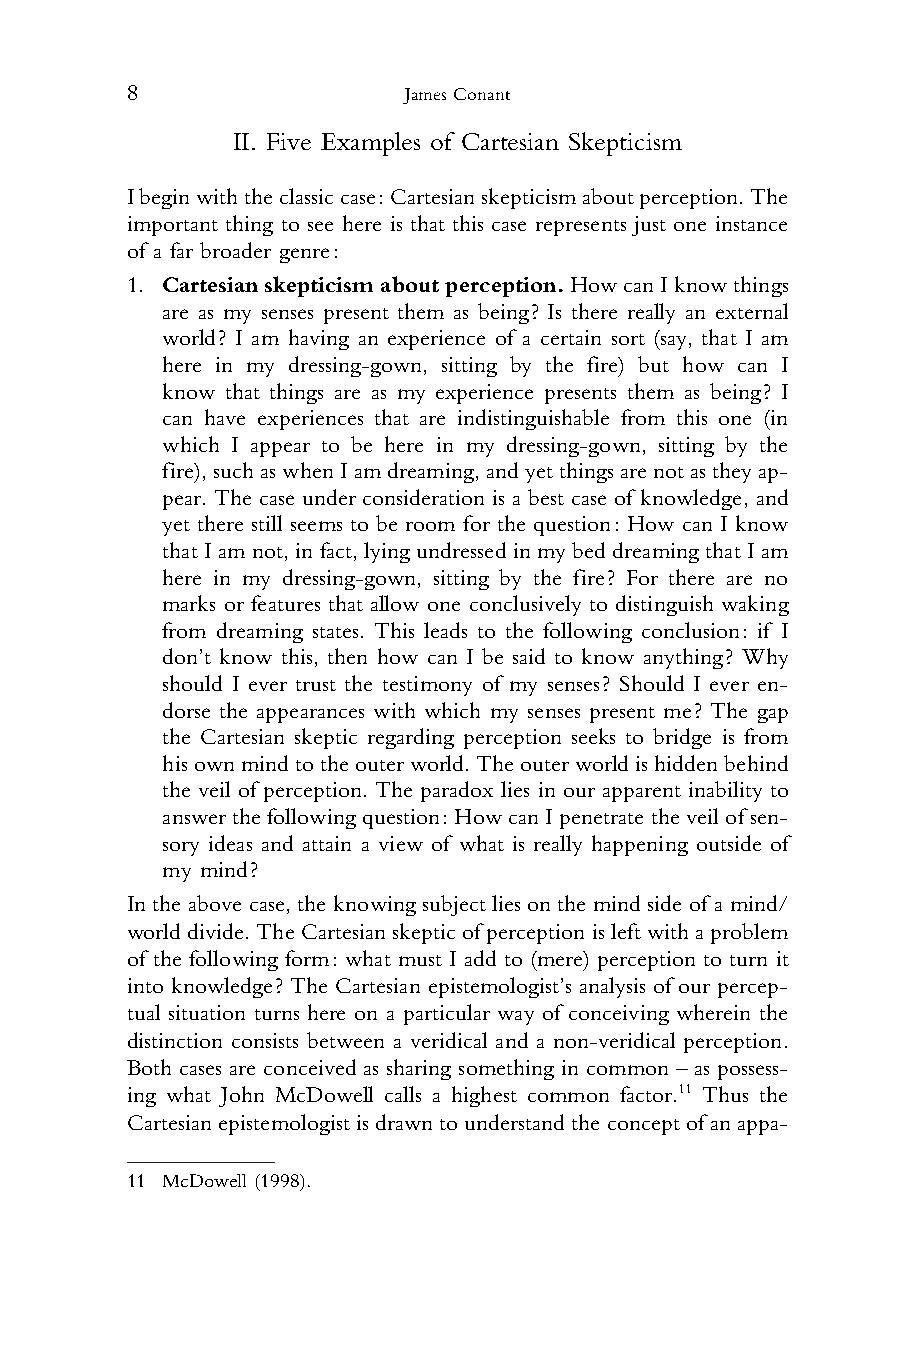
8                  James Conant
 II. Five Examples of Cartesian Skepticism
 1
 2
 3 Ibeginwiththeclassiccase:Cartesianskepticismaboutperception.The
 4 important thing to see here is that this case represents just one instance
 5 of a far broader genre:
 6 1. Cartesianskepticismaboutperception.HowcanIknowthings
 7    are as my senses present them as being? Is there really an external
 8    world? I am having an experience of a certain sort (say, that I am
 9    here in my dressing-gown, sitting by the fire) but how can I
 10    know that things are as my experience presents them as being? I
 11    can have experiences that are indistinguishable from this one (in
 12    which I appear to be here in my dressing-gown, sitting by the
 13    fire),suchaswhenIamdreaming,andyetthingsarenotastheyap-
 14    pear. The case under consideration is a best case of knowledge, and
 15    yet there still seems to be room for the question: How can I know
 16    that I amnot, in fact, lying undressed in my bed dreaming that I am
 17    here in my dressing-gown, sitting by the fire? For there are no
 18    marks or features that allow one conclusively to distinguish waking
 19    from dreaming states. This leads to the following conclusion: if I
 20    don’t know this, then how can I be said to know anything? Why
 21    should I ever trust the testimony of my senses? Should I ever en-
 22    dorse the appearances with which my senses present me? The gap
 23    the Cartesian skeptic regarding perception seeks to bridge is from
 24    hisownmindtotheouterworld.Theouterworldishiddenbehind
 25    the veil of perception. The paradox lies in our apparent inability to
 26    answerthefollowingquestion:Howcan Ipenetrate theveilofsen-
 27    sory ideas and attain a view of what is really happening outside of
 28    my mind?
 29
 In the above case, the knowing subject lies on the mind side of a mind/
 30
 worlddivide.TheCartesianskeptic ofperception isleftwitha problem
 31
 of the following form: what must I add to (mere) perception to turn it
 32
 into knowledge? The Cartesian epistemologist’s analysis of our percep-
 33
 tual situation turns here on a particular way of conceiving wherein the
 34
 distinction consists between a veridical and a non-veridical perception.
 35
 Both cases are conceived as sharing something in common – as possess-
 36
 ing what John McDowell calls a highest common factor.11 Thus the
 37
 Cartesianepistemologistisdrawntounderstandtheconceptofanappa-
 38
 39
 40 11 McDowell (1998).